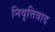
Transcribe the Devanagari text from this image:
निवृत्तिवाद